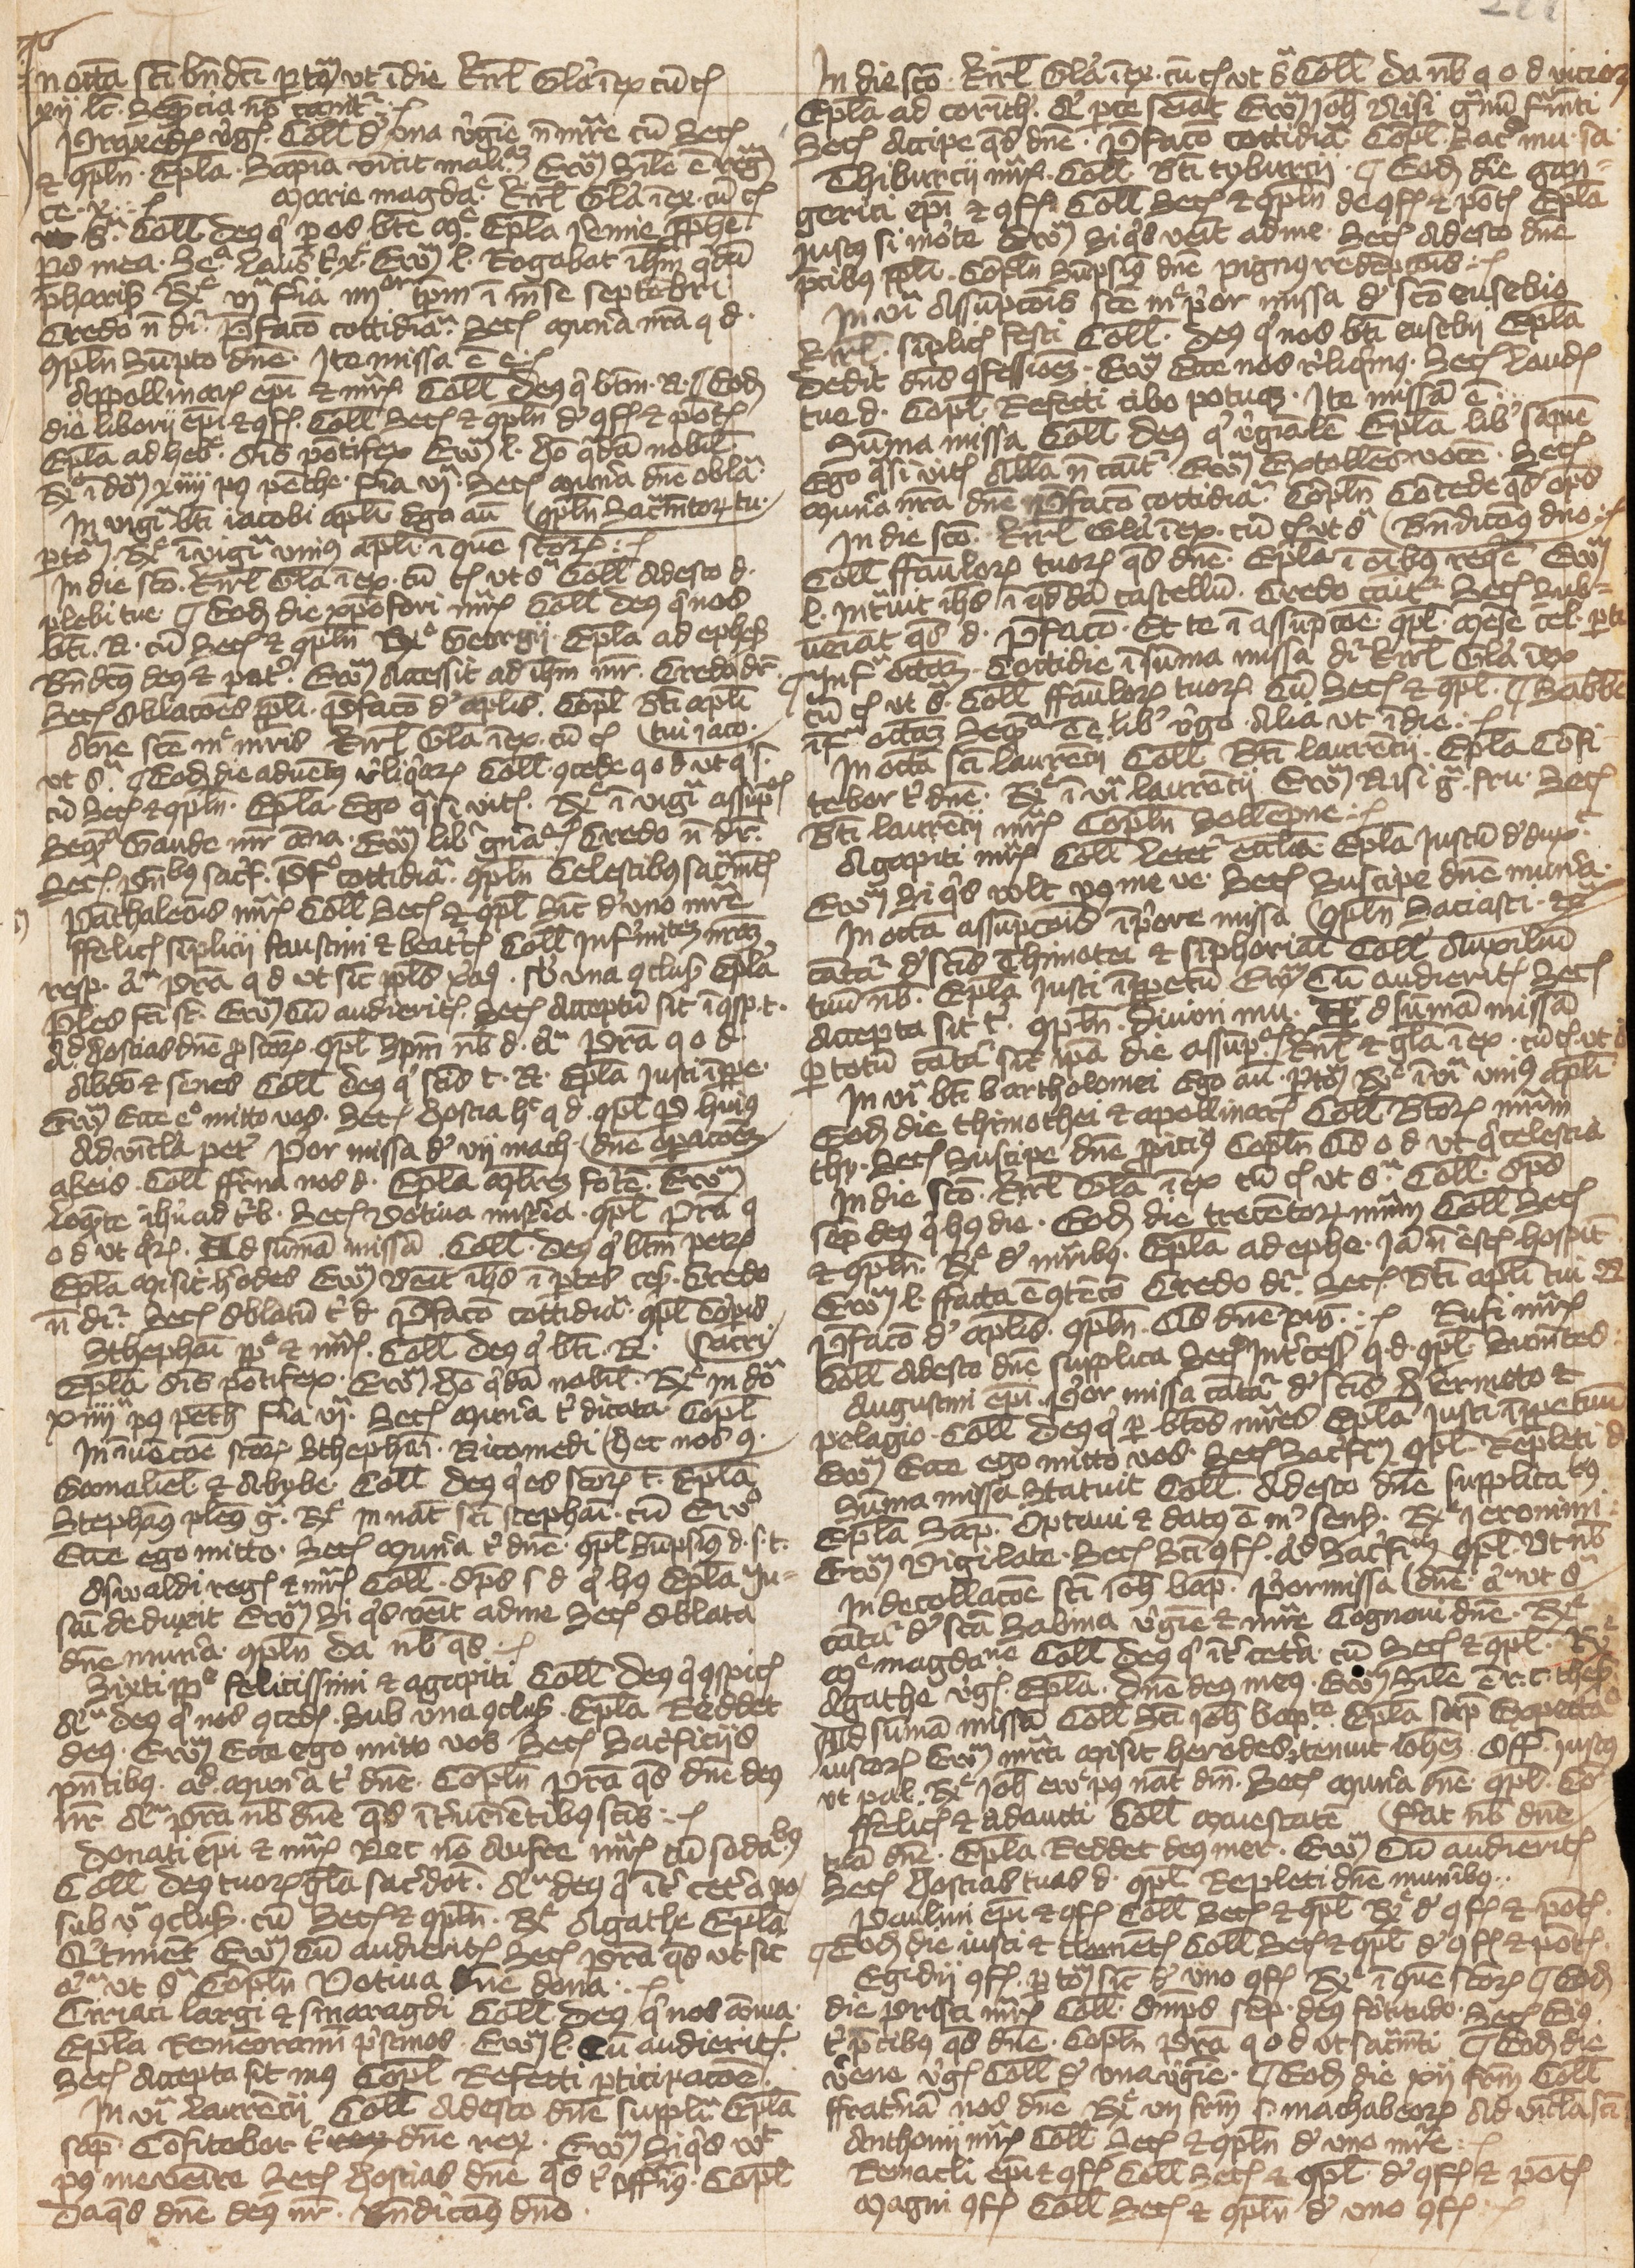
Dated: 1432–1432